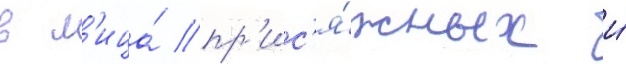
в л'ица́ пр'ис'я́жных и́